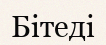
Бітеді